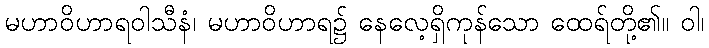
မဟာဝိဟာရဝါသီနံ၊ မဟာဝိဟာရ၌ နေလေ့ရှိကုန်သော ထေရ်တို့၏။ ဝါ၊